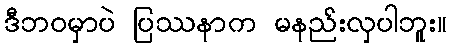
ဒီဘဝမှာပဲ ပြဿနာက မနည်းလှပါဘူး။